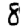
Digit: 8